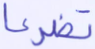
تضرعا